King Institute of Preventive Medicine Micro-Biological Section reports 1909-11
Year: 1909
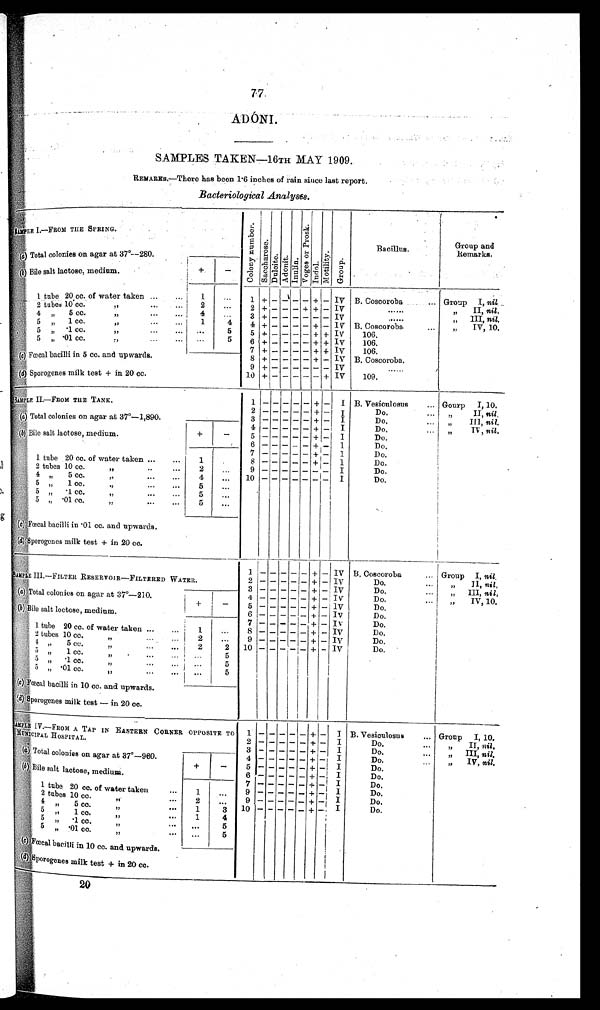
77
ADÓNI.
SAMPLES TAKEN—16TH MAY 1909.
REMARKS.—There has been 1.6 inches of rain since last report.
Bacteriological Analyses.
SAMPLE I.—FROM THE SPRING.
C o l o n y n u m b e r .
S a c c h a r o s e .
Du l c i t e . Adonit.
I nul i n.
V o g e s o r P r o s k .
Indol .
Mo t i l i t y . Group.
Bacillus.
Group and
Remarks.
(
a
) T o t a l c o l o n i e s o n a g a r a t 3 7°— 2 8 0 .
(b) Bi l e sal t l act ose, medi um.
+
—
1 tube 20 cc. of water taken ...
.•.
1
...
1
+ —
—
— —
+
— IV B. Coscoroba
.., Group I, n i l .
2 tubes 10 cc.
„
2
...
2 + — — — + + — IV
. . . . . .
„ II, n i l .
4 „
5 cc.
„
f,
• • •
• • •
4
. . .
3 + — — —— —— IV
. . . . . .
„
III, n i l .
5
„
1 cc.
„
il
• • •
• • •
1
4
4 + — — — — + — IV B. Coscoroba.
„
I V, 10.
5 „ . 1 cc.
„
51
• • •
•••
. . .
5
5 + — — — — + + IV
106.
5
„
.01 cc.
„
• • • •
•••
. . .
5
6 + — ———— — + + IV
106.
7 + —
——
— — + + IV
106.
(c) Fœcal bacilli in 5 cc. and upwards.
8 + — — — — + — IV B. Coscoroba.
9 + — ——— ———— IV
. . . . . .
(d) Sporogenes milk test + in 20 cc.
10 +
— ——— —
+ IV
109.
SAMPLE II.—FROM THE TANK.
1
—
— — — —
+ —
I B. Vesiculosus
... Gourp I, 10.
2 —— — — — + — I
Do.
„
II, n i l .
(a) Total colonies on agar at 37°—1,890.
3 —— — — — + — I
Do.
„
III, nil.
4 —— — — — + — I
Do.
...
„
I
V, nil.
(b) Bile salt lactose, medium.
+
—
5 —— — — — + —
I
Do.
6 —— — — — + — I
Do.
7 —— — — — + —
I
Do.
1 tube 20 cc. of water taken ...
...
1
.
8 —— — — — + —
I
Do.
2 tubes 10 cc.
„
2
. . .
9 —— — — — —— I
Do.
4 „ 5 c c .
„
...
...
4
...
10 —— — — — —— I
Do.
5 „ 1 cc.
„
5
. . .
5 „ .
1 cc.
„
5
. . .
I
5 „ .01 cc.
„
5
. . .
(c) Fœcal bacilli in .01 cc. and upwards.
(d) Sporogenes milk test + in 20 cc.
1
—
— —
—
— + — IV B. Coscoroba
... Group I, nil.
SAMPLE III.—FILTER RESERVOIR—FILTERED WATER.
2 — — — —— + — IV
Do.
„
II, n i l .
3 — — — —— + — IV
Do.
...
„ III, n i l .
(a) Total colonies on agar at 37°—210.
4 — — — — — + — IV
Do.
„
IV, 10.
+
—
5 — — — — — + — IV
Do.
(b) Bile salt loctose, medium.
6 — — — — — + — IV
Do.
7 — — — —— + — IV
Do.
1 tube 20 cc. of water taken ...
...
1
...
8 — — — — — + — IV
Do.
2 tubes 10 cc
. „ ... ...
2
...
9 —— — — — + — IV
Do.
4 „ 5 c c .
„
2
2
10 — — — — — + — IV
Do.
5 „ 1
cc. „... ...
...
5
5 „ .
1 cc
. „ ...
...
5
5 „ .01 cc.
„
...
...
...
5
( c) Fœcal bacilli in 10 cc. and upwards.
(d) Sporogenes milk test — in 20 cc.
S A M P L E I V . — F R O M
A T A PI
N
E A S T E R N C O R N E R O P P O S I T E T O M U N I C I P A L H O S P I T A L .
1
—— — —— + — I B. Vesiculosus
... Group I, 10.
2 —— — —— + — I
Do.
„
II, nil.
3 — — — — — + — I
Do.
„
III, nil.
(a) Total colonies on agar at 37°—960.
4 —— — —— + — I
Do.
•.•
„
IV, nil.
+
—
5 —— — —— + — I
Do.
( b ) Bi l e s al t l act os e, medi um.
6 —— — —— + — I
Do.
7 —— — —— + — I
Do.
1 tube 20 cc. of water taken ...
1
...
9 —— — —— +
— I
Do.
2 tubes 10 cc.
„
2
...
9 — — — — — + —
I
Do.
4
„
5
cc.
„
...
1
3
10 — — — — — + — I
Do.
5 „ 1 c c . „
1
4
5
„ . 1 c c . „
...
5
5
„ .
01 cc.
„
...
5
(c) Fœcal bacilli in 10 cc. and upwards.
(d) Sporogenes milk test + in 20 cc.
20